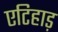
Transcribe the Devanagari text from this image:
एटिहाड़